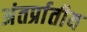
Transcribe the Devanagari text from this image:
अंतर्प्रातीय